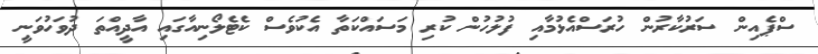
ސްޕެއިން ސަރުކާރުން ހުރަސްއެޅުމާއި ފުލުހުން ކުރި މަސައްކަތާ އެކުވެސް ކެޓެލޯނިއާގައި އާދީއްތަ ދުވަހުވަނީ